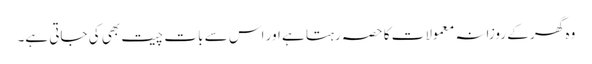
وہ گھر کے روزانہ معمولات کا حصہ رہتا ہے اور اس سے بات چیت بھی کی جاتی ہے۔